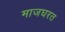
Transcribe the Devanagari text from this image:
माजघरत